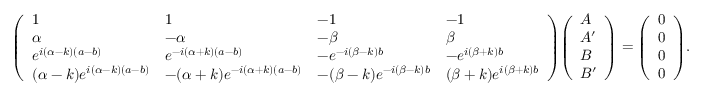
{ \left( \begin{array} { l l l l } { 1 } & { 1 } & { - 1 } & { - 1 } \\ { \alpha } & { - \alpha } & { - \beta } & { \beta } \\ { e ^ { i ( \alpha - k ) ( a - b ) } } & { e ^ { - i ( \alpha + k ) ( a - b ) } } & { - e ^ { - i ( \beta - k ) b } } & { - e ^ { i ( \beta + k ) b } } \\ { ( \alpha - k ) e ^ { i ( \alpha - k ) ( a - b ) } } & { - ( \alpha + k ) e ^ { - i ( \alpha + k ) ( a - b ) } } & { - ( \beta - k ) e ^ { - i ( \beta - k ) b } } & { ( \beta + k ) e ^ { i ( \beta + k ) b } } \end{array} \right) } { \left( \begin{array} { l } { A } \\ { A ^ { \prime } } \\ { B } \\ { B ^ { \prime } } \end{array} \right) } = { \left( \begin{array} { l } { 0 } \\ { 0 } \\ { 0 } \\ { 0 } \end{array} \right) } .